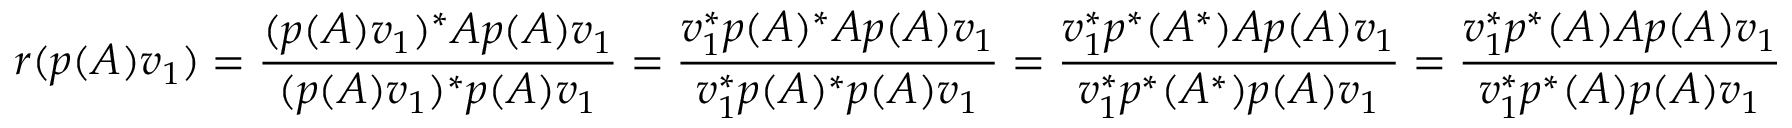
r ( p ( A ) v _ { 1 } ) = { \frac { ( p ( A ) v _ { 1 } ) ^ { * } A p ( A ) v _ { 1 } } { ( p ( A ) v _ { 1 } ) ^ { * } p ( A ) v _ { 1 } } } = { \frac { v _ { 1 } ^ { * } p ( A ) ^ { * } A p ( A ) v _ { 1 } } { v _ { 1 } ^ { * } p ( A ) ^ { * } p ( A ) v _ { 1 } } } = { \frac { v _ { 1 } ^ { * } p ^ { * } ( A ^ { * } ) A p ( A ) v _ { 1 } } { v _ { 1 } ^ { * } p ^ { * } ( A ^ { * } ) p ( A ) v _ { 1 } } } = { \frac { v _ { 1 } ^ { * } p ^ { * } ( A ) A p ( A ) v _ { 1 } } { v _ { 1 } ^ { * } p ^ { * } ( A ) p ( A ) v _ { 1 } } }